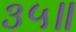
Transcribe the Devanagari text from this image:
३५॥